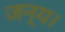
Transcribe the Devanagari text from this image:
जन्य।